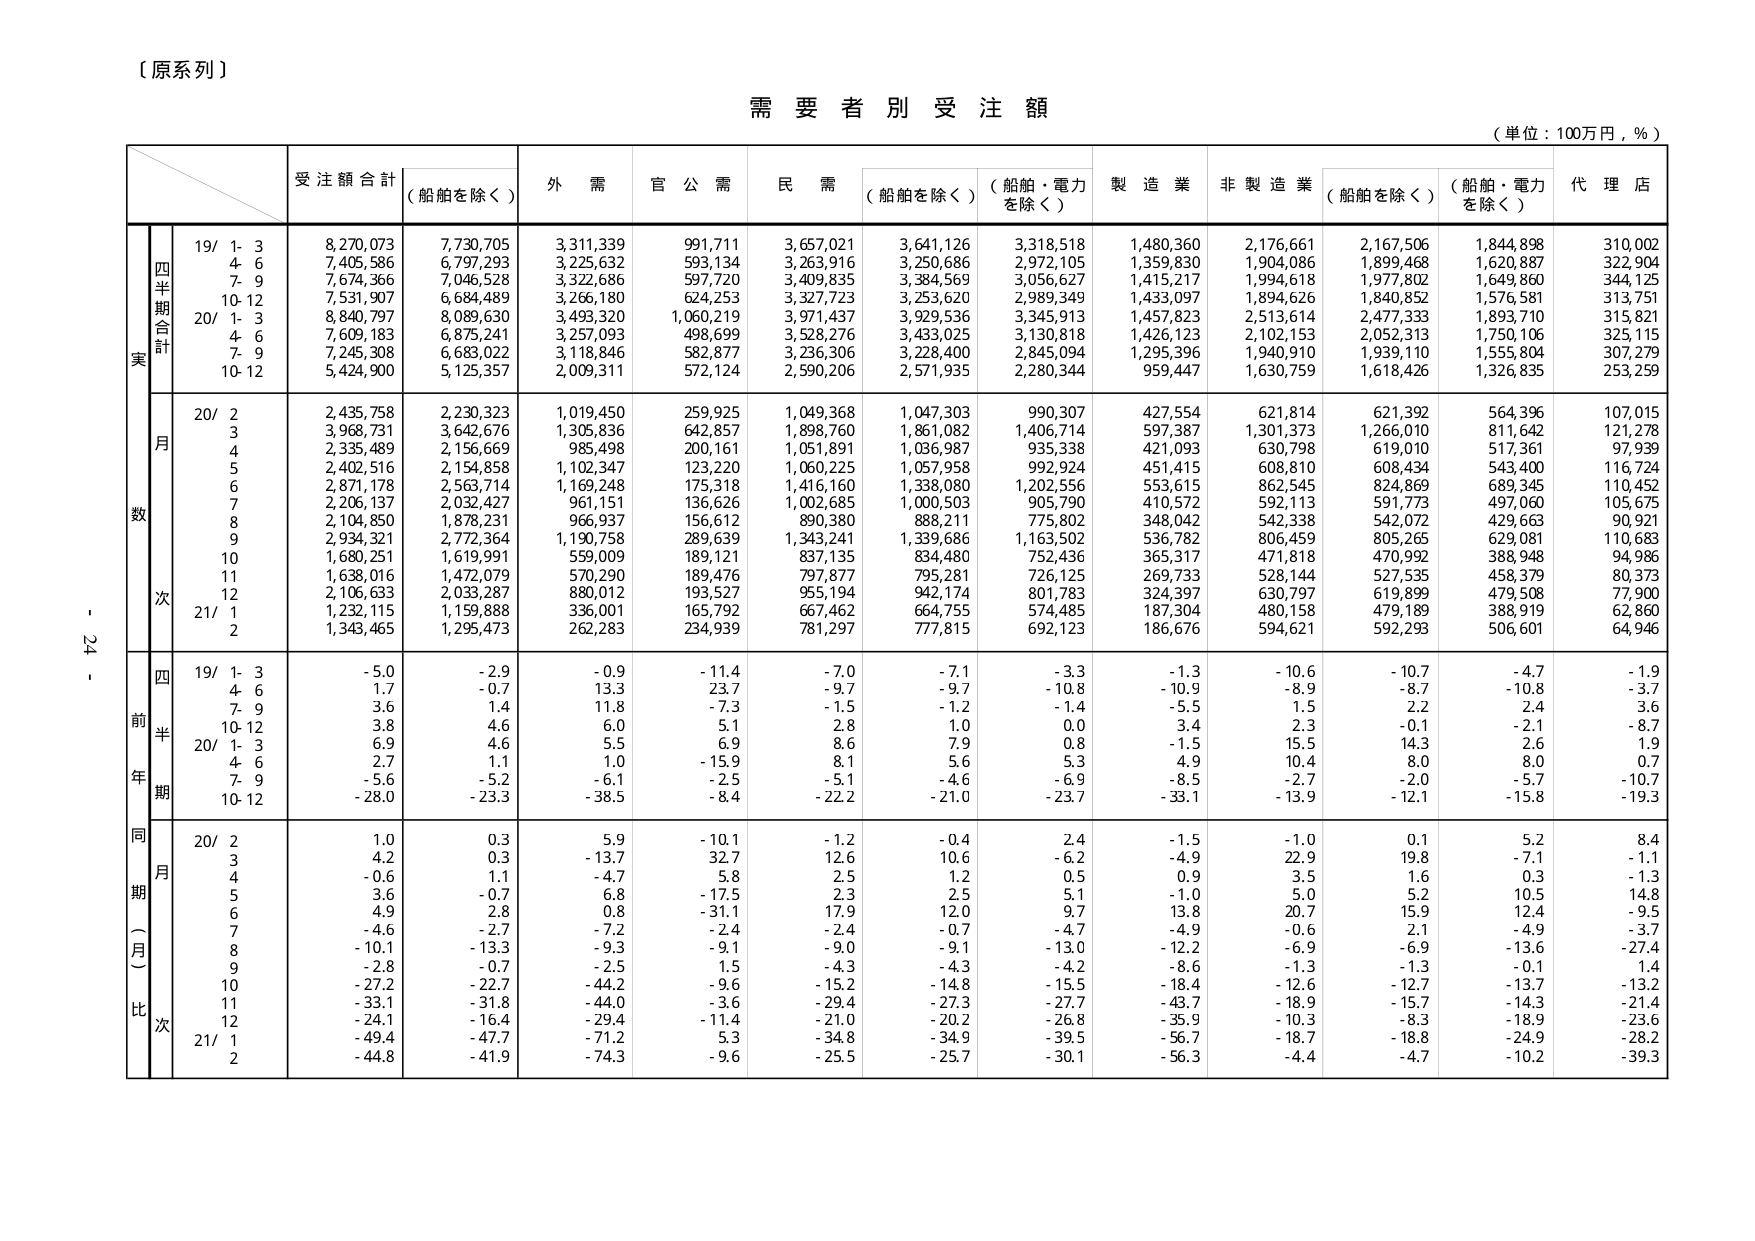
【原系列】

需要者別受注額

（単位：100万円，％）

受注額合計（船舶を除く）
外需
官公需
民需（船舶を除く）（船舶・電力を除く）
製造業
非製造業（船舶を除く）（船舶・電力を除く）
代理店

実
四半期合計
19/ 1-3
8,270,073
7,730,705
3,311,339
991,711
3,657,021
3,641,126
3,318,518
1,480,360
2,176,661
2,167,506
1,844,898
310,002
4-6
7,405,586
6,797,293
3,225,632
593,134
3,263,916
3,250,686
2,972,105
1,359,830
1,904,086
1,899,468
1,620,887
322,904
7-9
7,674,366
7,046,528
3,322,686
597,720
3,409,835
3,384,569
3,056,627
1,415,217
1,994,618
1,977,802
1,649,860
344,125
10-12
7,531,907
6,684,489
3,266,180
624,253
3,327,723
3,253,620
2,989,349
1,433,097
1,894,626
1,840,852
1,576,581
313,751
20/ 1-3
8,840,797
8,089,630
3,493,320
1,060,219
3,971,437
3,929,536
3,345,913
1,457,823
2,513,614
2,477,333
1,893,710
315,821
4-6
7,609,183
6,875,241
3,257,093
498,699
3,528,276
3,433,025
3,130,818
1,426,123
2,102,153
2,052,313
1,750,106
325,115
7-9
7,245,308
6,683,022
3,118,846
582,877
3,236,306
3,228,400
2,845,094
1,295,396
1,940,910
1,939,110
1,555,804
307,279
10-12
5,424,900
5,125,357
2,009,311
572,124
2,590,206
2,571,935
2,280,344
959,447
1,630,759
1,618,426
1,326,835
253,259

数
月
20/ 2
2,435,758
2,230,323
1,019,450
259,925
1,049,368
1,047,303
990,307
427,554
621,814
621,392
564,396
107,015
3
3,968,731
3,642,676
1,305,836
642,857
1,898,760
1,861,082
1,406,714
597,387
1,301,373
1,266,010
811,642
121,278
4
2,335,489
2,156,669
985,498
200,161
1,051,891
1,036,987
935,338
421,093
630,798
619,010
517,361
97,939
5
2,402,516
2,154,858
1,102,347
123,220
1,060,225
1,057,958
992,924
451,415
608,810
608,434
543,400
116,724
6
2,871,178
2,563,714
1,169,248
175,318
1,416,160
1,338,080
1,202,556
553,615
862,545
824,869
689,345
110,452
7
2,206,137
2,032,427
961,151
136,626
1,002,685
1,000,503
905,790
410,572
592,113
591,773
497,060
105,675
8
2,104,850
1,878,231
966,937
156,612
890,380
888,211
775,802
348,042
542,338
542,072
429,663
90,921
9
2,934,321
2,772,364
1,190,758
289,639
1,343,241
1,339,686
1,163,502
536,782
806,459
805,265
629,081
110,683
10
1,680,251
1,619,991
559,009
189,121
837,135
834,480
752,436
365,317
471,818
470,992
388,948
94,986
11
1,638,016
1,472,079
570,290
189,476
797,877
795,281
726,125
269,733
528,144
527,535
458,379
80,373
12
2,106,633
2,033,287
880,012
193,527
955,194
942,174
801,783
324,397
630,797
619,899
479,508
77,900
21/ 1
1,232,115
1,159,888
336,001
165,792
667,462
664,755
574,485
187,304
480,158
479,189
388,919
62,860
2
1,343,465
1,295,473
262,283
234,939
781,297
777,815
692,123
186,676
594,621
592,293
506,601
64,946

前年同期（月）比
四半期
19/ 1-3
-5.0
-2.9
-0.9
-11.4
-7.0
-7.1
-3.3
-1.3
-10.6
-10.7
-4.7
-1.9
4-6
1.7
-0.7
13.3
23.7
-9.7
-9.7
-10.8
-10.9
-8.9
-8.7
-10.8
-3.7
7-9
3.6
1.4
11.8
-7.3
-1.5
-1.2
-1.4
-5.5
1.5
2.2
2.4
3.6
10-12
3.8
4.6
6.0
5.1
2.8
1.0
0.0
3.4
2.3
-0.1
-2.1
-8.7
20/ 1-3
6.9
4.6
5.5
6.9
8.6
7.9
0.8
-1.5
15.5
14.3
2.6
1.9
4-6
2.7
1.1
1.0
-15.9
8.1
5.6
5.3
4.9
10.4
8.0
8.0
0.7
7-9
-5.6
-5.2
-6.1
-2.5
-5.1
-4.6
-6.9
-8.5
-2.7
-2.0
-5.7
-10.7
10-12
-28.0
-23.3
-38.5
-8.4
-22.2
-21.0
-23.7
-33.1
-13.9
-12.1
-15.8
-19.3

同期（月）比
20/ 2
1.0
0.3
5.9
-10.1
-1.2
-0.4
2.4
-1.5
-1.0
0.1
5.2
8.4
3
4.2
0.3
-13.7
32.7
12.6
10.6
-6.2
-4.9
22.9
19.8
-7.1
-1.1
4
-0.6
1.1
-4.7
5.8
2.5
1.2
0.5
0.9
3.5
1.6
0.3
-1.3
5
3.6
-0.7
6.8
-17.5
2.3
2.5
5.1
-1.0
5.0
5.2
10.5
14.8
6
4.9
2.8
0.8
-31.1
17.9
12.0
9.7
13.8
20.7
15.9
12.4
-9.5
7
-4.6
-2.7
-7.2
-2.4
-2.4
-0.7
-4.7
-4.9
-0.6
2.1
-4.9
-3.7
8
-10.1
-13.3
-9.3
-9.1
-9.0
-9.1
-13.0
-12.2
-6.9
-6.9
-13.6
-27.4
9
-2.8
-0.7
-2.5
1.5
-4.3
-4.3
-4.2
-8.6
-1.3
-1.3
-0.1
1.4
10
-27.2
-22.7
-44.2
-9.6
-15.2
-14.8
-15.5
-18.4
-12.6
-12.7
-13.7
-13.2
11
-33.1
-31.8
-44.0
-3.6
-29.4
-27.3
-27.7
-43.7
-18.9
-15.7
-14.3
-21.4
12
-24.1
-16.4
-29.4
-11.4
-21.0
-20.2
-26.8
-35.9
-10.3
-8.3
-18.9
-23.6
21/ 1
-49.4
-47.7
-71.2
5.3
-34.8
-34.9
-39.5
-56.7
-18.7
-18.8
-24.9
-28.2
2
-44.8
-41.9
-74.3
-9.6
-25.5
-25.7
-30.1
-56.3
-4.4
-4.7
-10.2
-39.3

- 24 -